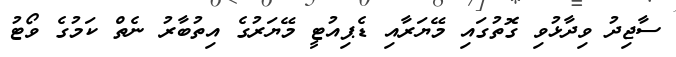
ސާޖިދު ވިދާޅުވި ގޮތުގައި މޭޔަރާއި ޑެޕިއުޓީ މޭޔަރުގެ އިތުބާރު ނެތް ކަމުގެ ވޯޓު